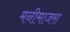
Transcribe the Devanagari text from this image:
मनीमाजरा